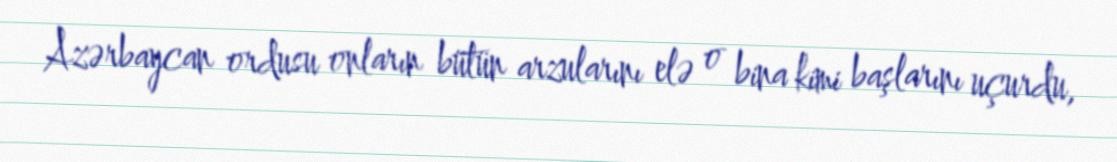
Azərbaycan ordusu onların bütün arzularını elə o bina kimi başlarını uçurdu,